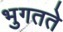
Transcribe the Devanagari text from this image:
भुगतते